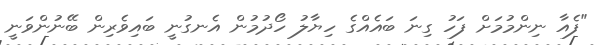
"ފެއާ ނިންމުމަށް ފަހު ގިނަ ބައެއްގެ ހިޔާލު ހޯދުމުން އެނގުނީ ބައިވެރިން ބޭނުންވަނީ